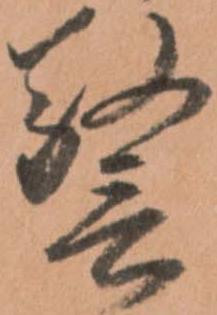
警